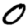
Digit: 0